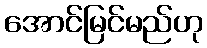
အောင်မြင်မည်ဟု